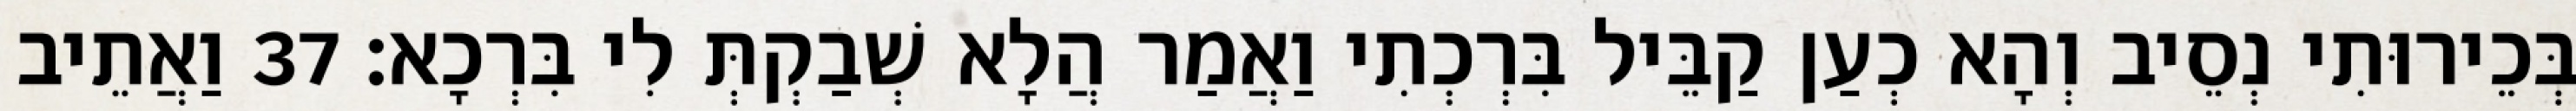
בְּכֵירוּתִי נְסֵיב וְהָא כְעַן קַבֵּיל בִּרְכְתִי וַאֲמַר הֲלָא שְׁבַקְתְּ לִי בִּרְכָא׃ 37 וַאֲתֵיב